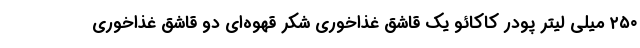
۲۵۰ میلی لیتر پودر کاکائو یک قاشق غذاخوری شکر قهوه‌ای دو قاشق غذاخوری